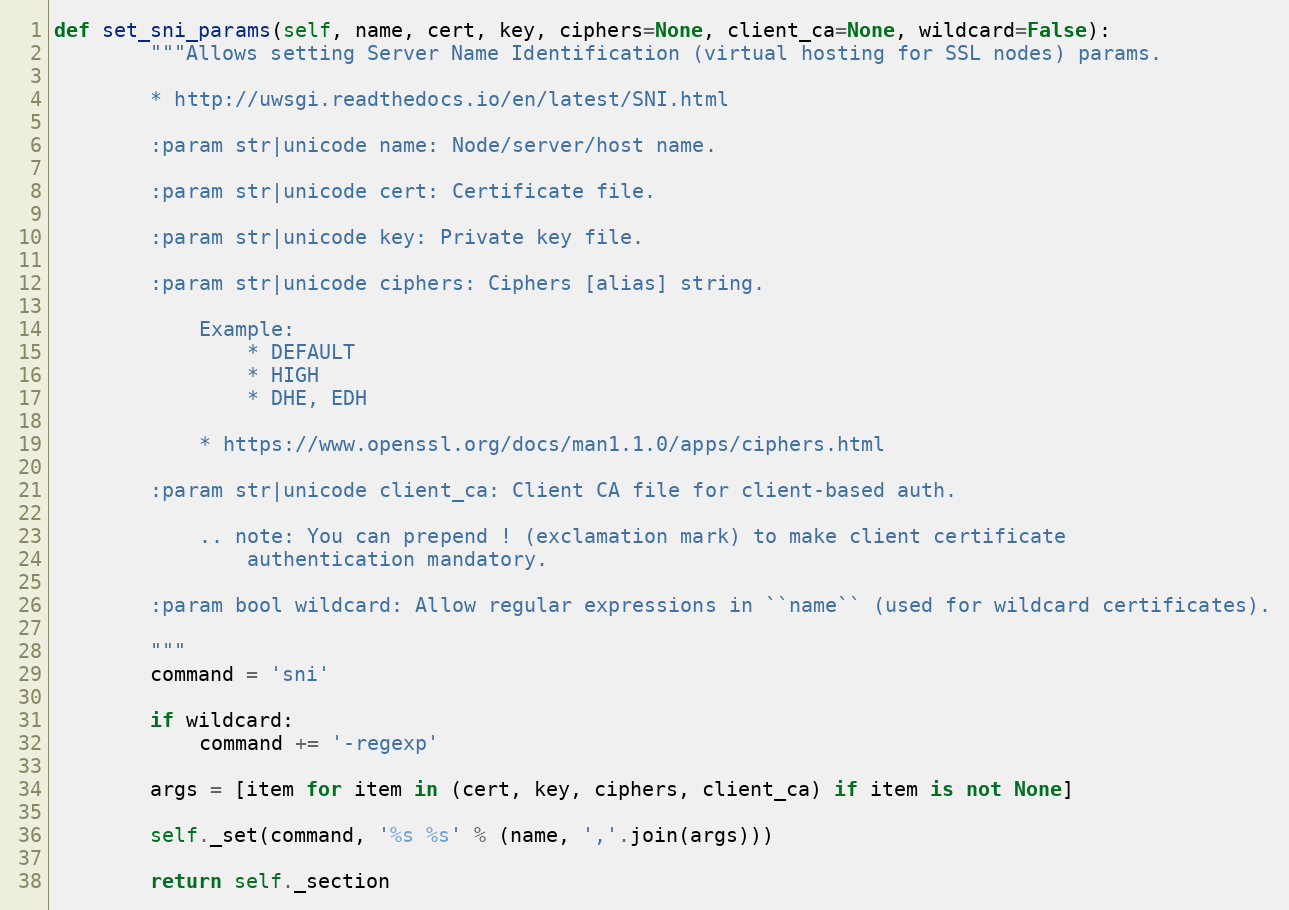
Language: Python
def set_sni_params(self, name, cert, key, ciphers=None, client_ca=None, wildcard=False):
        """Allows setting Server Name Identification (virtual hosting for SSL nodes) params.

        * http://uwsgi.readthedocs.io/en/latest/SNI.html

        :param str|unicode name: Node/server/host name.

        :param str|unicode cert: Certificate file.

        :param str|unicode key: Private key file.

        :param str|unicode ciphers: Ciphers [alias] string.

            Example:
                * DEFAULT
                * HIGH
                * DHE, EDH

            * https://www.openssl.org/docs/man1.1.0/apps/ciphers.html

        :param str|unicode client_ca: Client CA file for client-based auth.

            .. note: You can prepend ! (exclamation mark) to make client certificate
                authentication mandatory.

        :param bool wildcard: Allow regular expressions in ``name`` (used for wildcard certificates).

        """
        command = 'sni'

        if wildcard:
            command += '-regexp'

        args = [item for item in (cert, key, ciphers, client_ca) if item is not None]

        self._set(command, '%s %s' % (name, ','.join(args)))

        return self._section